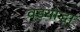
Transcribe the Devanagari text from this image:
वडयोद्धा